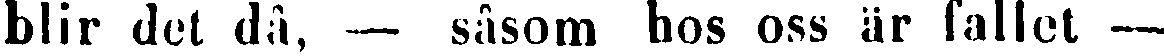
blir det då, — såsom hos oss är fallet —